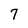
Character: 7